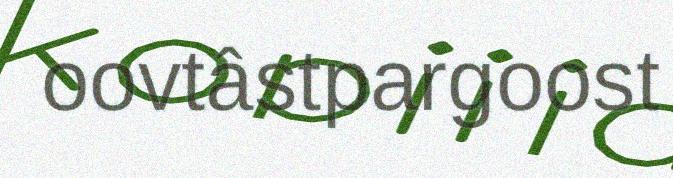
oovtâstpargoost